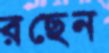
রছেন